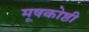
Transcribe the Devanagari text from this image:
मूषकोष्ठी